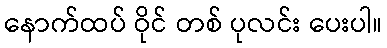
နောက်ထပ် ဝိုင် တစ် ပုလင်း ပေးပါ။